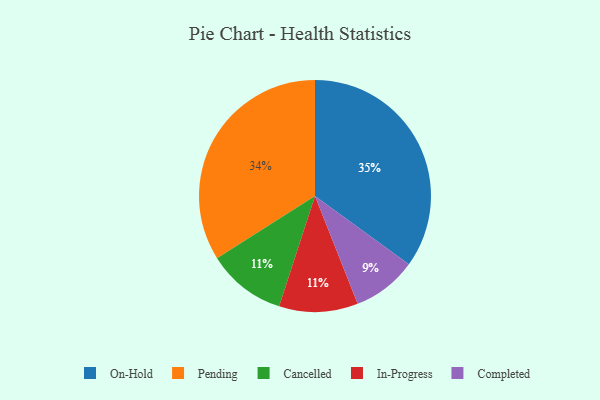
{"axis": {"x": "Category", "y": "Percentage"}, "legend": ["Cancelled", "Completed", "In-Progress", "On-Hold", "Pending"], "data": [{"x": "Cancelled", "y": 11, "type": "Cancelled"}, {"x": "Completed", "y": 9, "type": "Completed"}, {"x": "In-Progress", "y": 11, "type": "In-Progress"}, {"x": "On-Hold", "y": 35, "type": "On-Hold"}, {"x": "Pending", "y": 34, "type": "Pending"}]}